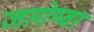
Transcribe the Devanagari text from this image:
जागेष्वर